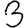
Digit: 3